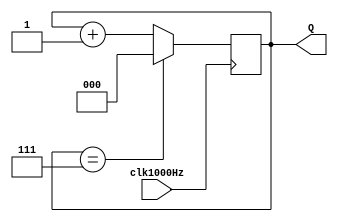
`timescale 1ns / 1ps
//////////////////////////////////////////////////////////////////////////////////
// Company: 
// Engineer: 
// 
// Design Name: 
// Module Name: FreshDisplay
// Project Name: 
// Target Devices: 
// Tool Versions: 
// Description: 
// 
// Dependencies: 
// 
// Revision:
// Revision 0.01 - File Created
// Additional Comments:
// 
//////////////////////////////////////////////////////////////////////////////////


module FreshDisplay(
    input clk1000Hz,
    output reg [2:0] Q
    );
    initial 
        begin
            Q <= 3'b000; 
    end
    always @ (posedge clk1000Hz )  
        begin
          if (Q == 3'b111) 
            Q <= 3'b000;
          else  
            Q <= Q + 1;
    end 
endmodule